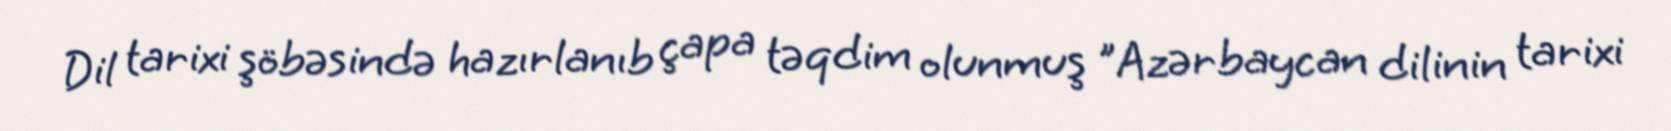
Dil tarixi şöbəsində hazırlanıb çapa təqdim olunmuş "Azərbaycan dilinin tarixi